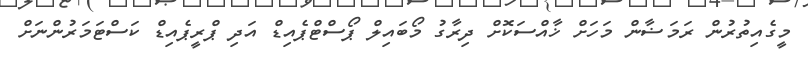
މީގެއިތުރުން ރަމަޟާން މަހަށް ޚާއްސަކޮށް ދިރާގު މޯބައިލް ޕޯސްޓްޕެއިޑް އަދި ޕްރީޕެއިޑް ކަސްޓަމަރުންނަށް